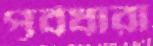
পূর্বধারা